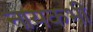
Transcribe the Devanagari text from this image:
नायकभी